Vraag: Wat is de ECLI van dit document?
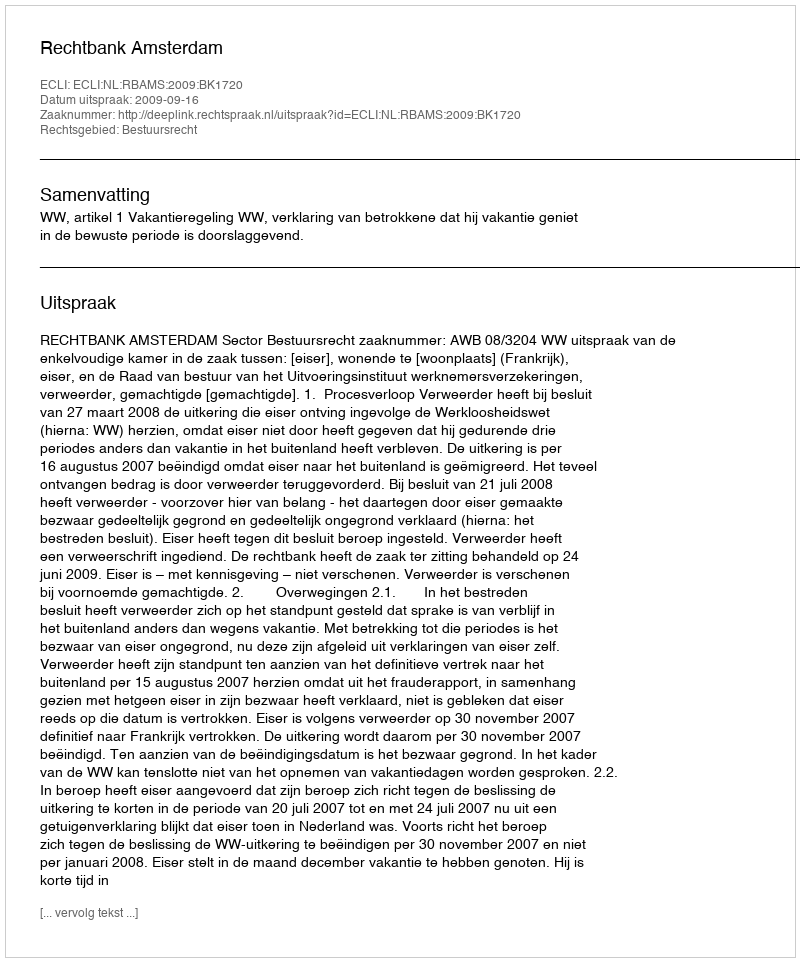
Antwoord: ECLI:NL:RBAMS:2009:BK1720